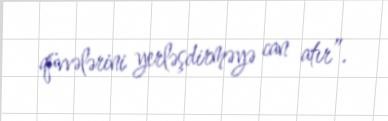
qüvvələrini yerləşdirməyə can atır”.